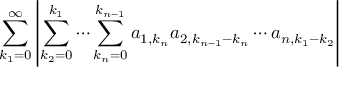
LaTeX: \sum _ { k _ { 1 } = 0 } ^ { \infty } \left| \sum _ { k _ { 2 } = 0 } ^ { k _ { 1 } } \cdots \sum _ { k _ { n } = 0 } ^ { k _ { n - 1 } } a _ { 1 , k _ { n } } a _ { 2 , k _ { n - 1 } - k _ { n } } \cdots a _ { n , k _ { 1 } - k _ { 2 } } \right|